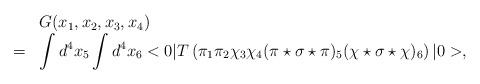
LaTeX: \begin{align*}\begin{array}{rl}&G(x_1,x_2,x_3,x_4)\\=&\displaystyle\int d^4x_5\int d^4x_6<0|T\left(\pi_1\pi_2\chi_3\chi_4(\pi\star\sigma\star\pi)_5(\chi\star\sigma\star\chi)_6\right)|0>,\end{array}\end{align*}